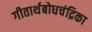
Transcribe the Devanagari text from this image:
गीतार्थबोधचंद्रिका